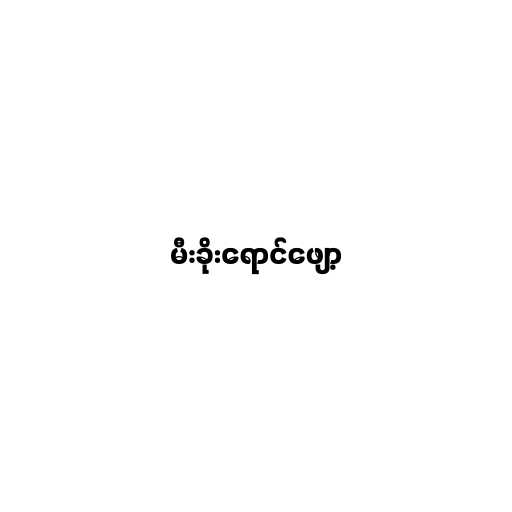
မီးခိုးရောင်ဖျော့